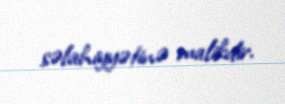
səlahiyyətinə malikdir.